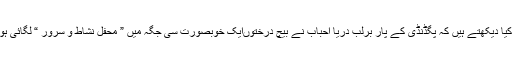
اچانک کیا دیکھتے ہیں کہ پگڈنڈی کے پار برلب دریا احباب نے بیچ درختوںایک خوبصورت سی جگہ میں ” محفل نشاط و سرور “ لگائی ہوئی ہے۔